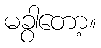
မခွာတော့။